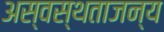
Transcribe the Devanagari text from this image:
अस्वस्थताजन्य